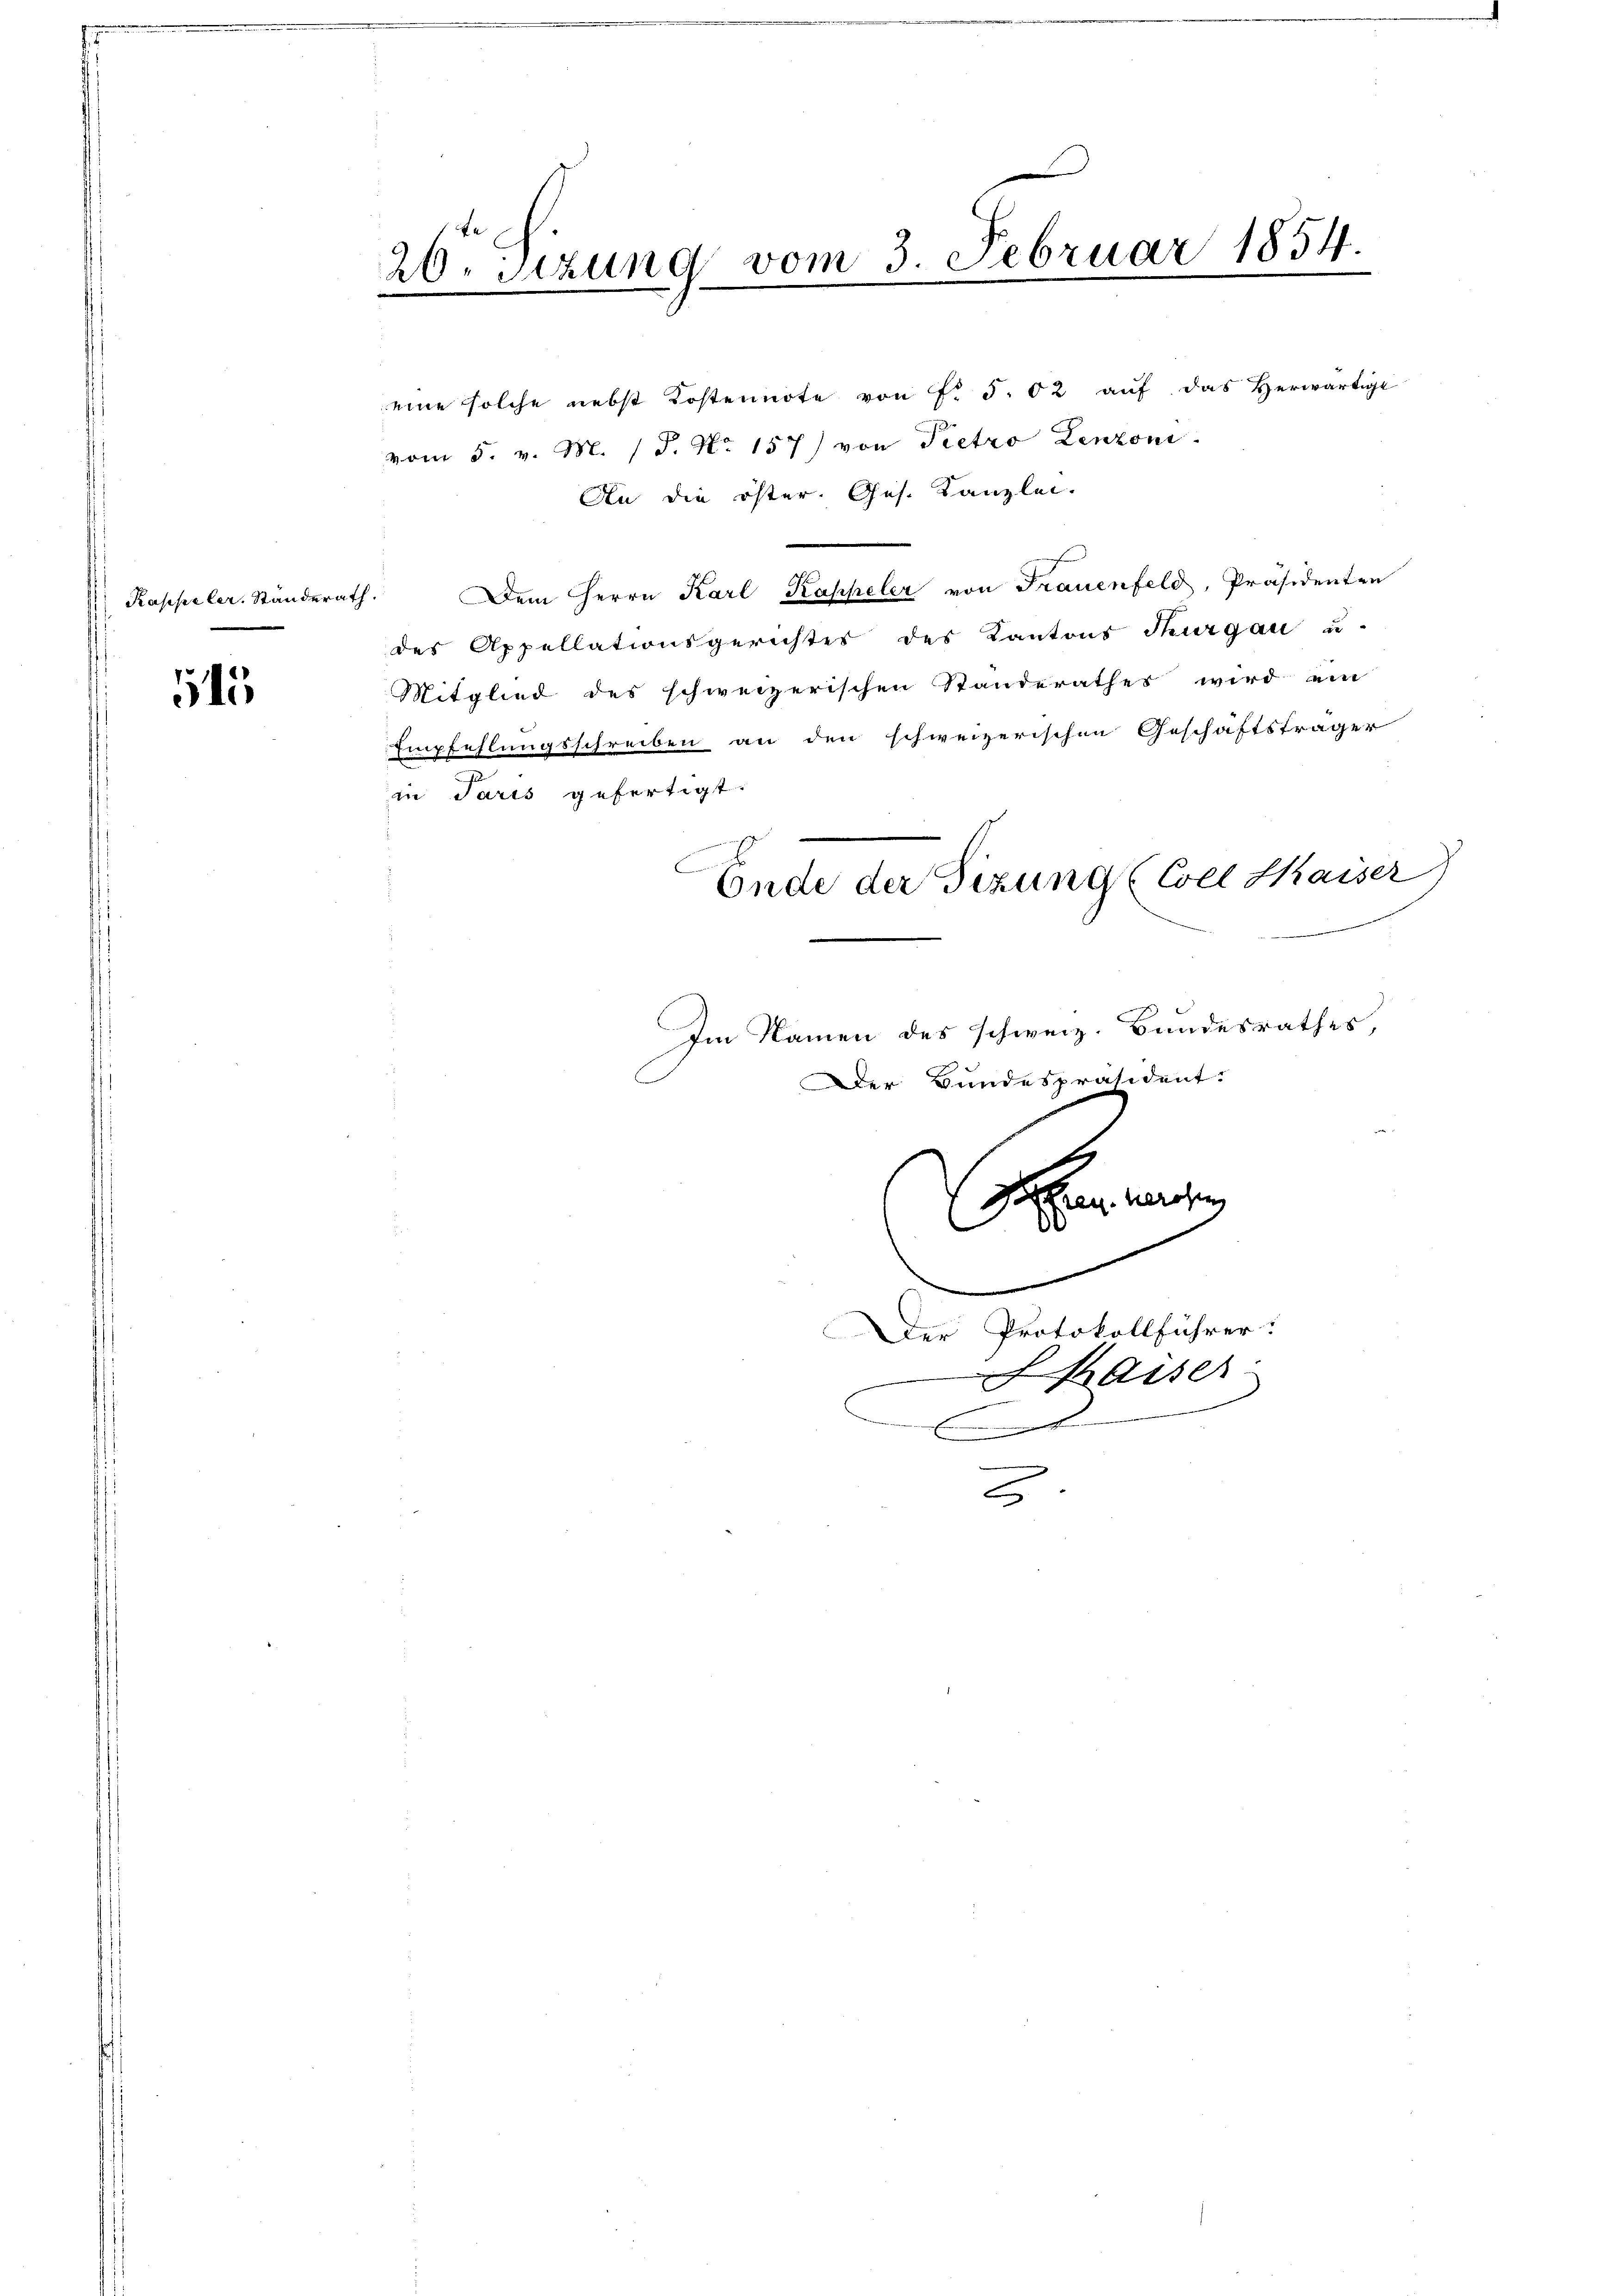
Kappeler. Standerath.

4

4
26. Sizung vom 3. Februar 1854.
v
.

b

eine solche nebst Kostennote von Fr. 5. 62 auf das Herwärtige
vom 5. v. M. P. Nr. 157) von Pietro Lenzoni
An die öster. Ges. Kanzlei.
f
Dem Herrn Karl Kappeler von Frauenfeld, Präsidenten
des Appellationsgerichtes des Kantons Thurgau u.
Mitglied des schweizerischen Standerathes wird ein
Empfehlungsschreiben an den schweizerischen Geschäftsträger
in Paris gefertigt.
Im Namen des schweiz. Bundesrathes,
Der Bundespräsident.
Vorten verosen,
.
.
Der Protokollführer:
Kaiser:
4

Ende der Sizung (Coll Kaiser)

2